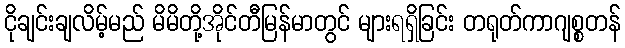
ငိုချင်းချလိမ့်မည် မိမိတို့အိုင်တီမြန်မာတွင် များရရှိခြင်း တရုတ်ကာဂျစ္စတန်